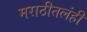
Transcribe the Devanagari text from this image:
मराठीतलंही